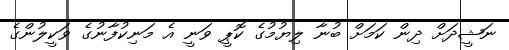
ނަޝީދަށް ދިން ކަމަށް ބުނާ ލިޔުމުގެ ކޮޕީ ވަނީ އެ މަނިކުފާނުގެ ވަކީލުންގެ